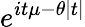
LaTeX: \! \, e^{it\mu-\theta|t|}